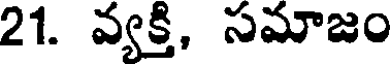
21. వ్యక్తి, సమాజం